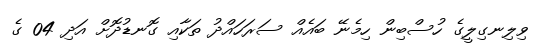
ވިލިނގިލީގެ ހުސްބިން ހިމެނޭ ބައެއް ސަރަހައްދު ތަކާއި ގޮނޑުދޮށް އަދި 04 ގެ